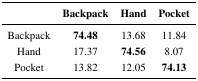
<table><thead><tr><td></td><td><b>Backpack</b></td><td><b>Hand</b></td><td><b>Pocket</b></td></tr></thead><tbody><tr><td>Backpack</td><td><b>74.48</b></td><td>13.68</td><td>11.84</td></tr><tr><td>Hand</td><td>17.37</td><td><b>74.56</b></td><td>8.07</td></tr><tr><td>Pocket</td><td>13.82</td><td>12.05</td><td><b>74.13</b></td></tr></tbody></table>